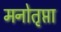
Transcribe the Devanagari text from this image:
मनोतृप्ता